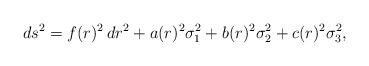
LaTeX: \begin{align*}ds^2=f(r)^2\,dr^2+a(r)^2\sigma_1^2+b(r)^2\sigma_2^2+c(r)^2\sigma_3^2,\end{align*}